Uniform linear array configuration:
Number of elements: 4
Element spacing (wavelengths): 0.25
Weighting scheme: uniform
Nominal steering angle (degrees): -60
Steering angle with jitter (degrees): -60.104
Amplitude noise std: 0.05
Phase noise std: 0.05

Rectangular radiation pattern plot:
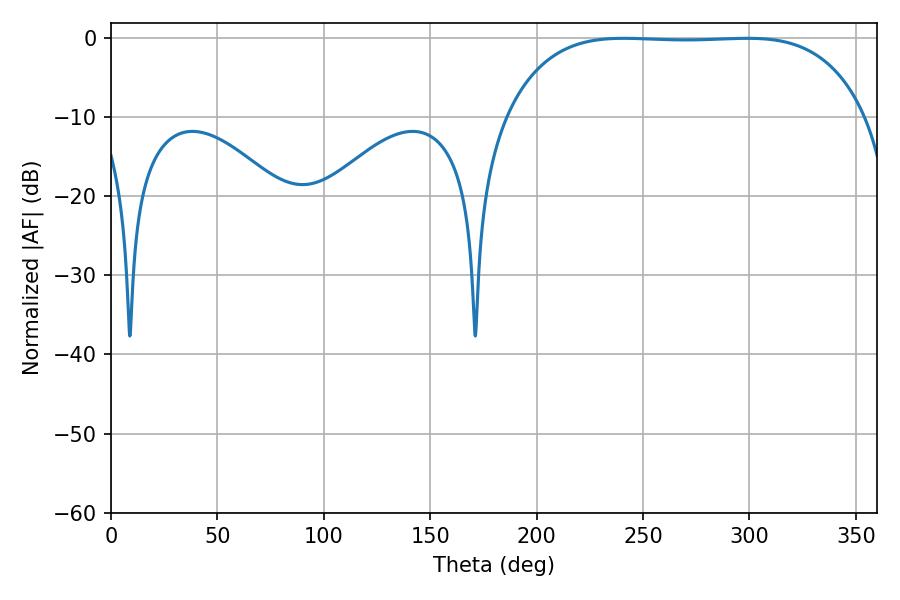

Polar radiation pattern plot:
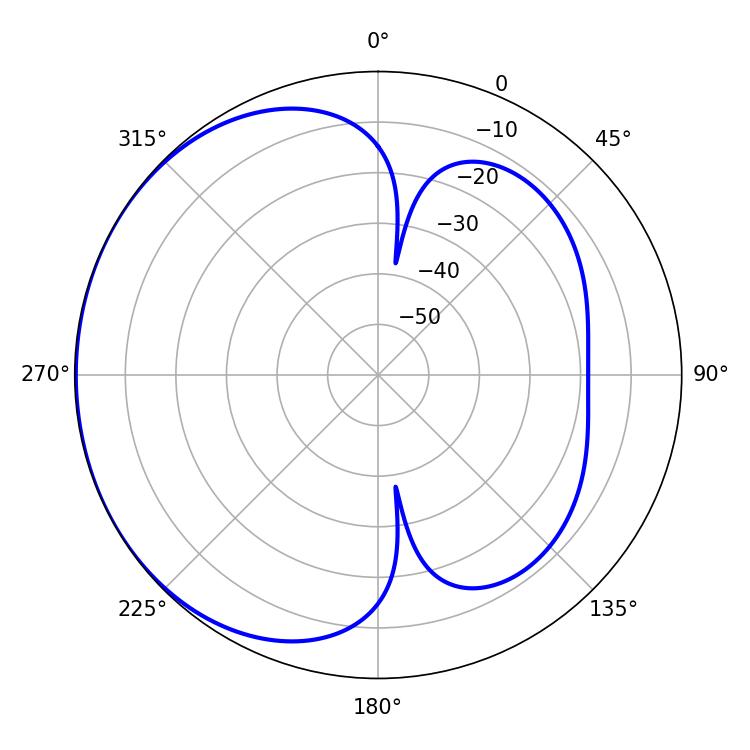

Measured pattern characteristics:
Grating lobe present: FALSE
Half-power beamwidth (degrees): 131.76
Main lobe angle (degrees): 240.84